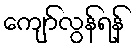
ကျော်လွန်ရန်